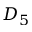
D _ { 5 }